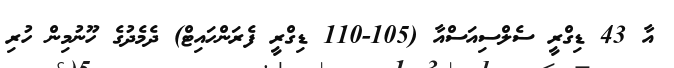
އާ 43 ޑިގްރީ ސެލްސިއަސްއާ (105-110 ޑިގްރީ ފެރަންހައިޓް) ދެމެދުގެ ހޫނުމިން ހުރި